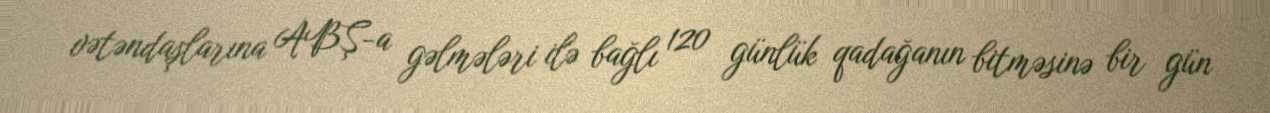
vətəndaşlarına ABŞ-a gəlmələri ilə bağlı 120 günlük qadağanın bitməsinə bir gün